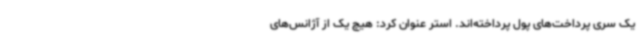
یک سری پرداخت‌های پول پرداخته‌اند. استر عنوان کرد: هیچ یک از آژانس‌های